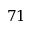
7 1